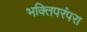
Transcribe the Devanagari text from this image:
भक्तिपरंपरा